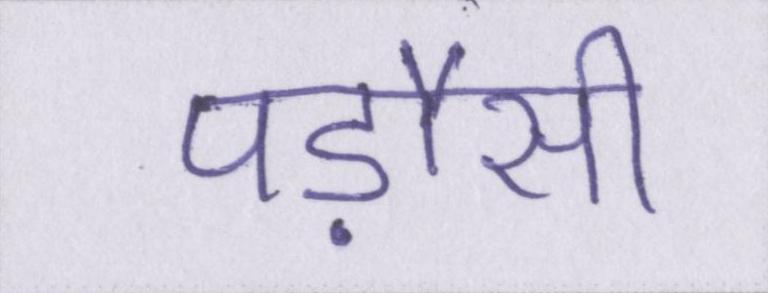
पड़ौसी